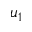
u _ { 1 }